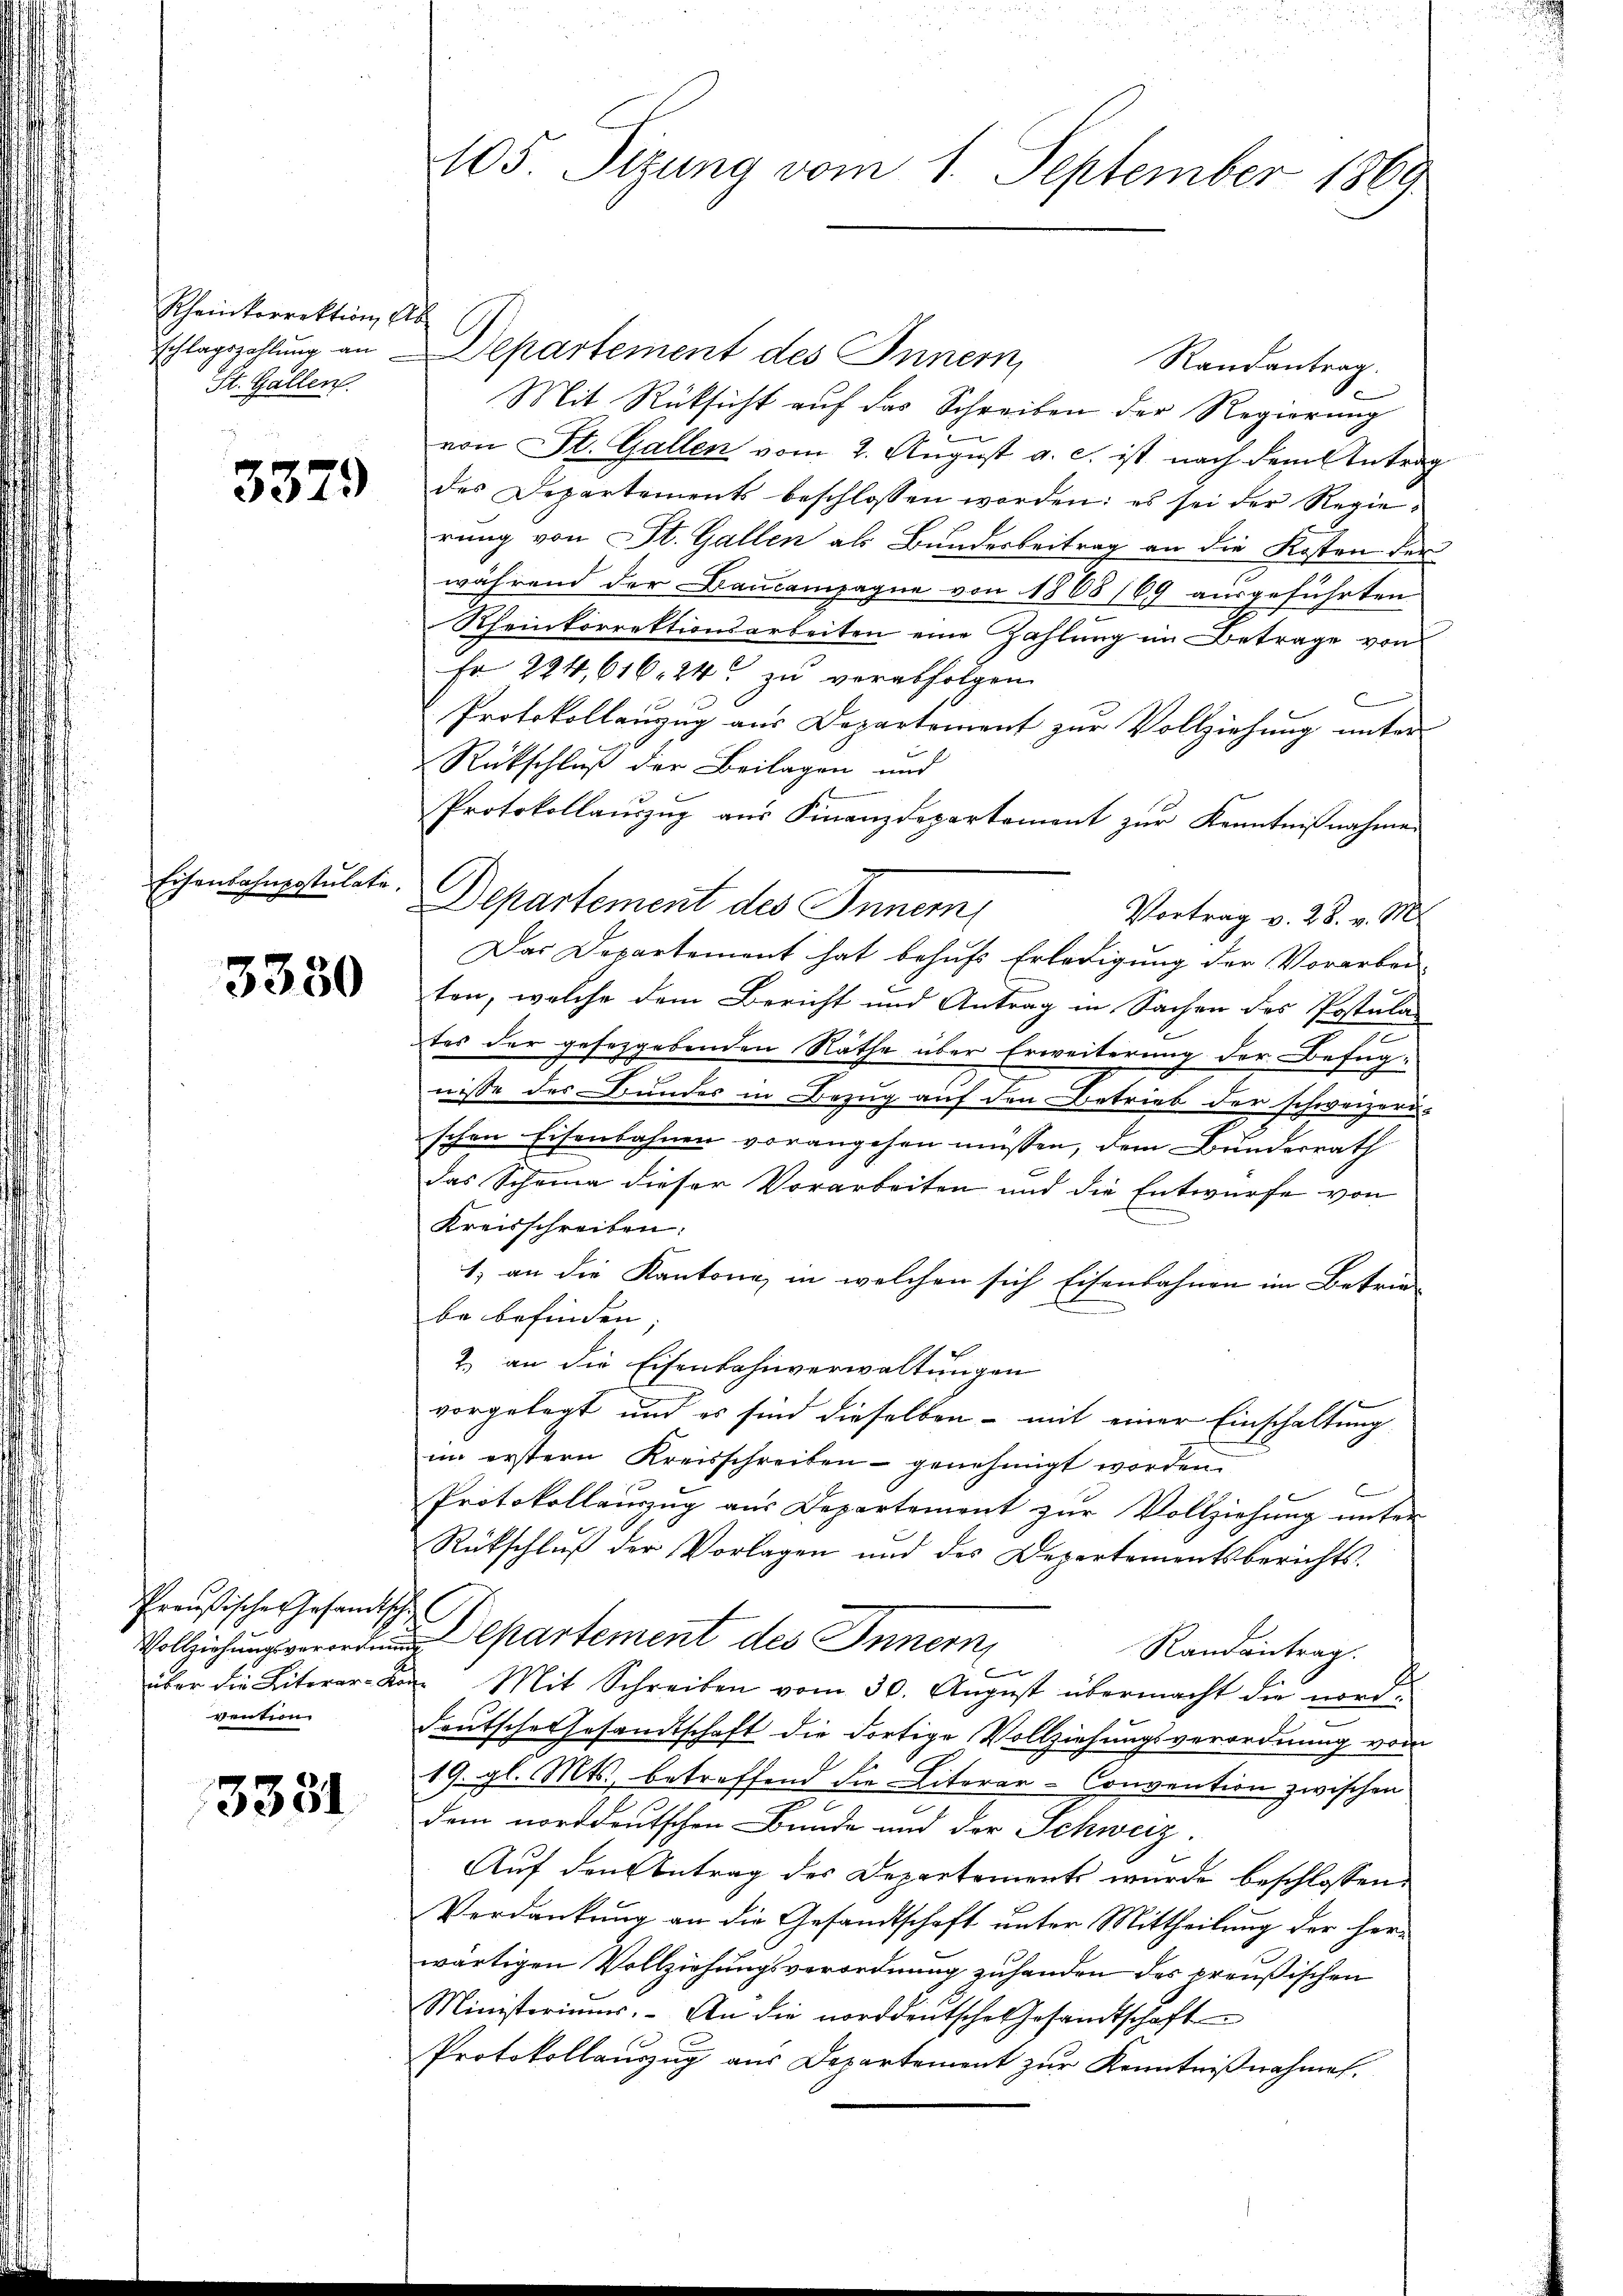
Scheinkorrektion, Ab
St. Gallen.

3379

Eisenbahnpostulate.

3350

Preußisches Gesandtsche
vention

3331

105 Sizung vom 1. September 1869

schlagszahlung an Departement des Innern,
Randantrag
Mit Rüksicht auf das Schreiben der Regierung
von St. Gallen vom 2. August a. c. ist nach dem Antrag
des Departements beschlossen worden: es sei der Regierung von St. Gallen als Bundesbeitrag an die Kosten der
während der Baucampagne von 1888 169 ausgeführten
Rheinkorrektionsarbeiten eine Zahlung im Betrage von
Fr 224,616, 24 zu vorabfolgen.
Protokollanzug aus Departement zur Vollziehung unter
Rückschluß der Beilagen und
Protokollauszug aus Finanzdepartement zur Kenntnißnahme
Departement des Innem
Vortrag v. 28. v. M.
Das Departement hat behufs Erledigung der Vorarbei-
ten, welche dem Bericht und Antrag in Sachen des Postular
tes der gesetzgebenden Näthe über Erweiterung der Befug-
nisse des Bundes in Bezug auf den Betrieb der schweizeri-
schen Eisenbahnen vorangehen müssen, dem Bundesrath
das Scheina dieser Vorarbeiten und die Entwurfe von
Kreisschreiben:
1) an die Kantone, in welchen sich Eisenbahnen im Betrie-
be befinden;
e
2. an die Eisenbahnverwaltungen
vorgelegt und es sind dieselben – mit einer Einschaltung
im erstern Kreisschreiben genehmigt worden.
Protokollauszug aus Departement zur Vollziehung unter
Rückschluß der Vorlagen und des Departementsberichts-
olli partement des Innern,
Randantrag.
b
über die Literer-Kon Mit Schreiben vom 30. August übermacht die nord¬
Feutsche Gesandtschaft die dortige Vollziehungsverordnung vom
19. gl. Mts. betreffend die Literer-Convention zwischen
2
dem norddeutschen Bunde und der Schweiz.
Auf den Betrag des Departements wurde beschlossen:
Verdankung an die Gesandtschaft unter Mittheilung der herwärtigen Vollziehungsverordnung zuhanden des preußischen
Ministeriums. An die norddeutsche Gesandtschaft
Protokollauszug aus Departement zur Kenntnißnahmen.